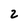
Character: 2